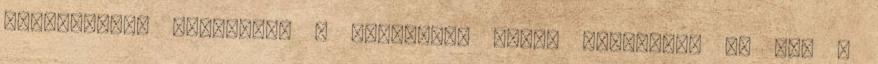
szavazással történik. A határozat akkor érvényes, ha azt a